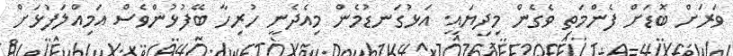
ވަރަށް ބޮޑަށް ފެންމަތި ވެގެން މިދިޔައީ. އަޅުގަނޑުމެން މިއެދެނީ ހުރިހާ ބޭފުޅުންވެސް އަމިއްލަފުޅަށް